system: You are a helpful assistant.
user:
Analyze the provided spectrum to determine if it is a **M-type Giant (gM)**.

A M-type Giant spectrum is defined by its **strong molecular absorption** features, particularly from **Titanium Oxide (TiO)**. You must check for one of the following mutually exclusive signatures:

- **Key Visual Indicators (Absorption-Dominated Spectrum):**

    - **(Primary):** The spectrum is dominated by strong molecular absorption from **Titanium Oxide (TiO)**. This is the **defining feature** of its M-type temperature class.
        - **(Key Bandheads):** Look for sharp, "saw-tooth" absorption valleys. The strongest are located near **~7050 Å**, **~6160 Å**, and **~5170 Å**.
        - **(Line Profile):** The "saw-tooth" morphology is critical: a **sharp, steep drop on the BLUE (short-wavelength) side** of the bandhead, followed by a gradual recovery (rising flux) towards the RED (long-wavelength) side.

    - **(Key Confirmation - Giant vs. Dwarf):** **ABSENCE** of strong **Calcium Hydride (CaH)** molecular bands. This is the primary diagnostic for *excluding* M-dwarfs.
        - **(Key Region):** The spectrum should lack the strong, broad absorption band seen in dwarfs between **~6800 Å and ~7000 Å**.

    - **(Secondary Confirmation - Giant):** A very strong and broad **Neutral Calcium (Ca I)** atomic absorption line.
        - **(Key Line):** Located at **~4226 Å**. In a giant (gM), this line is significantly deeper and broader than the same line in an M-dwarf (dM) due to low surface gravity.

    - **(Overall Spectrum):**
        - The continuum is **extremely red-sloping** (i.e., flux is very low in the blue and rises dramatically towards the red).
        - The entire spectrum appears "chopped up" by the deep TiO bands.

Think first, call **spectral_visualization_tool** if needed to examine features in detail, then provide your final answer. Your response must adhere to the following strict rules:
1.  **Overall Structure:** Your response must follow the format `<think>...</think> <tool_call>...</tool_call> (if a tool is used) <answer>...</answer>`.
2.  **Tool Usage Constraint:** You may only make **one** tool call per turn.
3.  **Final Answer Format:** In the `<answer>` tag, your conclusion must be inside a `\boxed{}` command (e.g., `\boxed{YES}` or `\boxed{NO}`), followed by your justification.

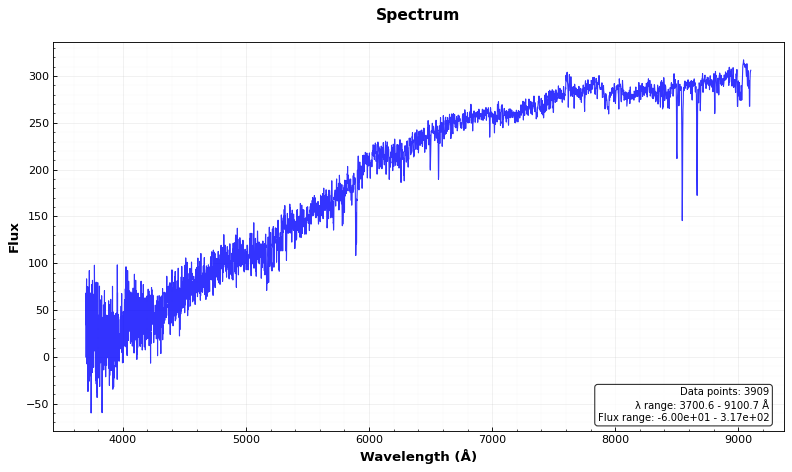
Answer: NO